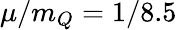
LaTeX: \mu/m_{Q}=1/8.5